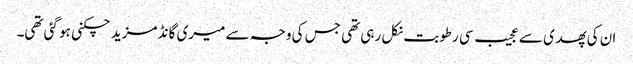
ان کی پھدی سے عجیب سی رطوبت نکل رہی تھی جس کی وجہ سے میری گانڈ مزید چکنی ہو گئی تھی۔